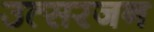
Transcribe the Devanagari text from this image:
उत्सरजन